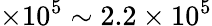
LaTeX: \times 10^{5}\sim 2.2\times 10^{5}